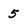
Character: 5